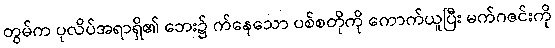
တွမ်က ပုလိပ်အရာရှိ၏ ဘေး၌ က်နေသော ပစ်စတိုကို ကောက်ယူပြီး မက်ဂဇင်းကို